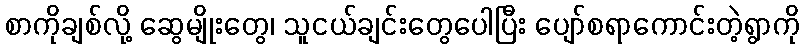
စာကိုချစ်လို့ ဆွေမျိုးတွေ၊ သူငယ်ချင်းတွေပေါပြီး ပျော်စရာကောင်းတဲ့ရွာကို